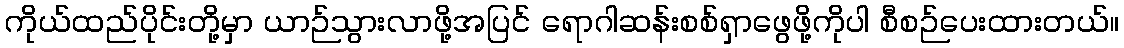
ကိုယ်ထည်ပိုင်းတို့မှာ ယာဉ်သွားလာဖို့အပြင် ရောဂါဆန်းစစ်ရှာဖွေဖို့ကိုပါ စီစဉ်ပေးထားတယ်။